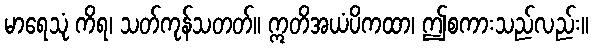
မာရေသုံ ကိရ၊ သတ်ကုန်သတတ်။ ဣတိအယံပိကထာ၊ ဤစကားသည်လည်း။